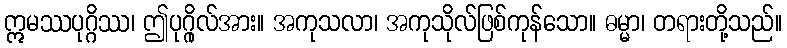
ဣမဿပုဂ္ဂိဿ၊ ဤပုဂ္ဂိုလ်အား။ အကုသလာ၊ အကုသိုလ်ဖြစ်ကုန်သော။ ဓမ္မာ၊ တရားတို့သည်။